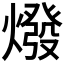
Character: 𤏋